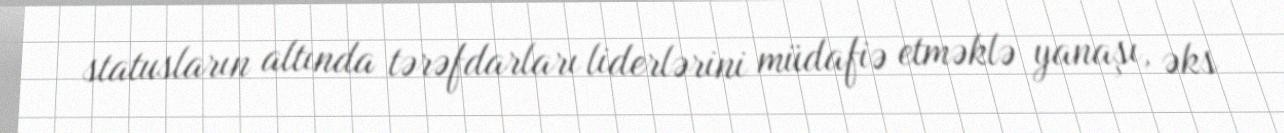
statusların altında tərəfdarları liderlərini müdafiə etməklə yanaşı, əks